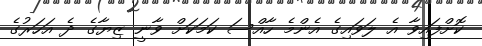
ކޮށްފައިވާ އެ ލަވައިގެ އެންމެ ހާއްސަ ކަމަކަށް ވާނީ ޒިޔާގެ ދެ އަހަރުގެ